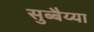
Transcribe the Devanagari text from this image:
सुब्बैय्या